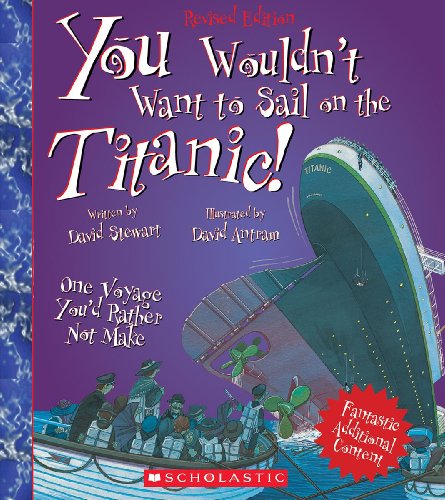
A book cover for You Wouldn't Want to Sail on the Titanic!; David Stewart; Children's Books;